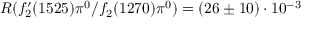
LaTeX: R ( f _ { 2 } ^ { \prime } ( 1 5 2 5 ) \pi ^ { 0 } / f _ { 2 } ( 1 2 7 0 ) \pi ^ { 0 } ) = ( 2 6 \pm 1 0 ) \cdot 1 0 ^ { - 3 }